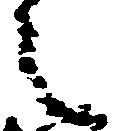
之